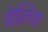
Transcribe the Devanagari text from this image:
चेलिस